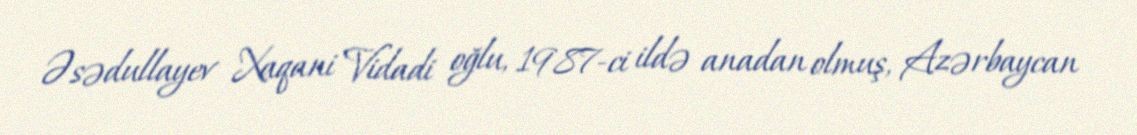
Əsədullayev Xaqani Vidadi oğlu, 1987-ci ildə anadan olmuş, Azərbaycan